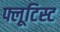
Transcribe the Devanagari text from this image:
फ्लूटिस्ट